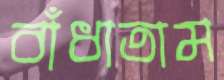
বাঁধাতাম